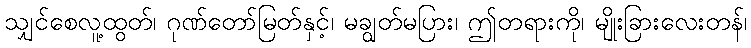
သျှင်စေလူ့ထွတ်၊ ဂုဏ်တော်မြတ်နှင့်၊ မချွတ်မပြား၊ ဤတရားကို၊ မျိုးခြားလေးတန်၊